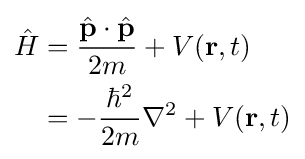
{\begin{aligned}{\hat {H}}&={\frac {{\hat {\mathbf {p} }}\cdot {\hat {\mathbf {p} }}}{2m}}+V(\mathbf {r} ,t)\\&=-{\frac {\hbar ^{2}}{2m}}\nabla ^{2}+V(\mathbf {r} ,t)\\\end{aligned}}